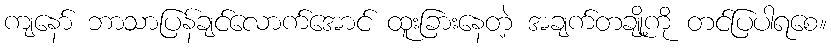
ကျနော် ဘာသာပြန်ချင်လောက်အောင် ထူးခြားနေတဲ့ အချက်တချို့ကို တင်ပြပါရစေ။